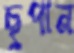
ছুপান